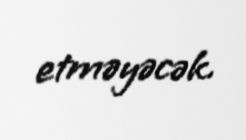
etməyəcək.